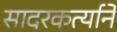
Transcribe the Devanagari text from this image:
सादरकर्त्याने